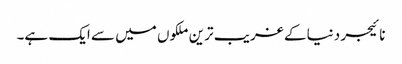
نائیجر دنیا کے غریب ترین ملکوں میں سے ایک ہے۔